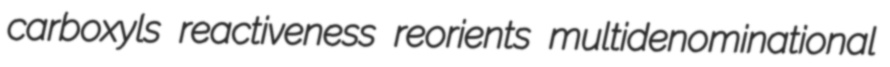
carboxyls reactiveness reorients multidenominational